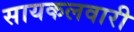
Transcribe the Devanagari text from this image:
सायकलवारी